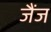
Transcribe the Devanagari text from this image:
जैंज